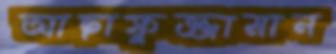
আছাফুজ্জামান